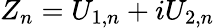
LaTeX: Z_{n}=U_{1,n}+iU_{2,n}